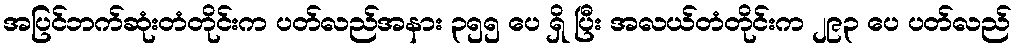
အပြင်ဘက်ဆုံးတံတိုင်းက ပတ်လည်အနား ၃၅၅ ပေ ရှိ ပြီး အလယ်တံတိုင်းက ၂၉၃ ပေ ပတ်လည်